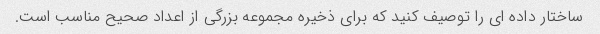
ساختار داده ای را توصیف کنید که برای ذخیره مجموعه بزرگی از اعداد صحیح مناسب است.